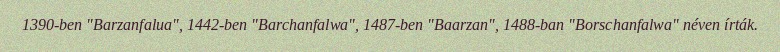
1390-ben "Barzanfalua", 1442-ben "Barchanfalwa", 1487-ben "Baarzan", 1488-ban "Borschanfalwa" néven írták.